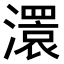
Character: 𤁆